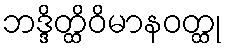
ဘဒ္ဒိတ္ထိဝိမာနဝတ္ထု